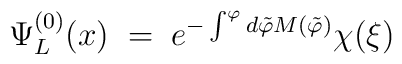
\Psi_{L}^{(0)} (x) \;=\; e^{-\int^{\varphi} d{\tilde \varphi}    M({\tilde \varphi})}   \chi (\xi)